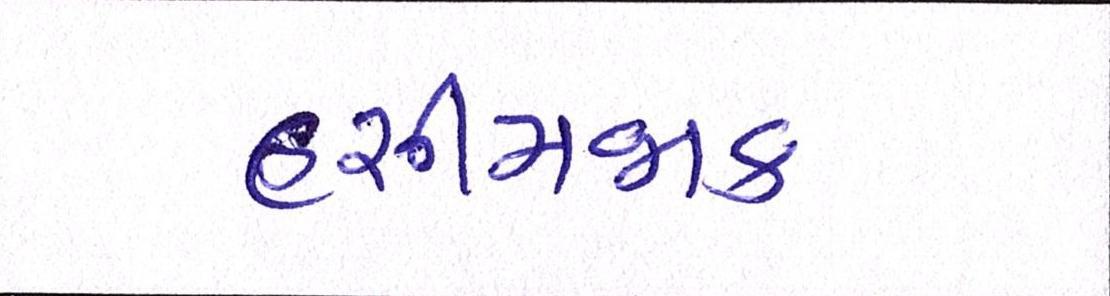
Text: હસીમજાક